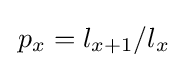
\,p_{x}=l_{x+1}/l_{x}